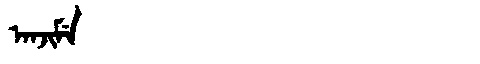
Manchu: ᠠᠨᠵᡳᠮᡝ
Romanization: ANJIME